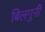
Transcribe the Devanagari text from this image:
बिलगुनी